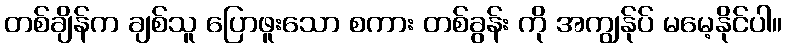
တစ်ချိန်က ချစ်သူ ပြောဖူးသော စကား တစ်ခွန်း ကို အကျွန်ုပ် မမေ့နိုင်ပါ။